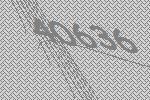
40636